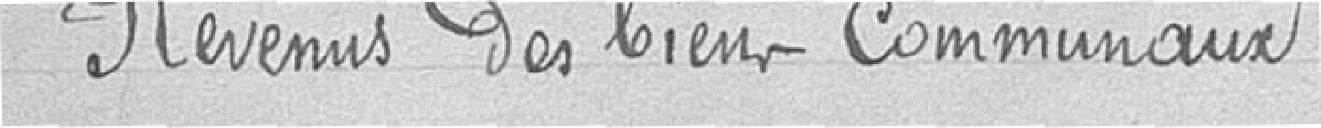
Revenus des biens communaux